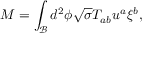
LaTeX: M = \int _ { \mathcal { B } } d ^ { 2 } \phi \sqrt { \sigma } T _ { a b } u ^ { a } \xi ^ { b } ,